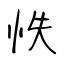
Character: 怢